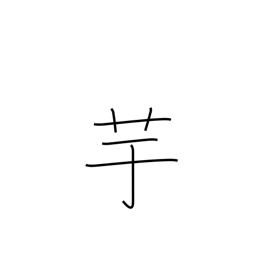
Meaning: potato